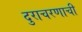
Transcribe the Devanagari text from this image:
दुराचरणाची